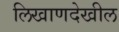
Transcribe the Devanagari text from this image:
लिखाणदेखील